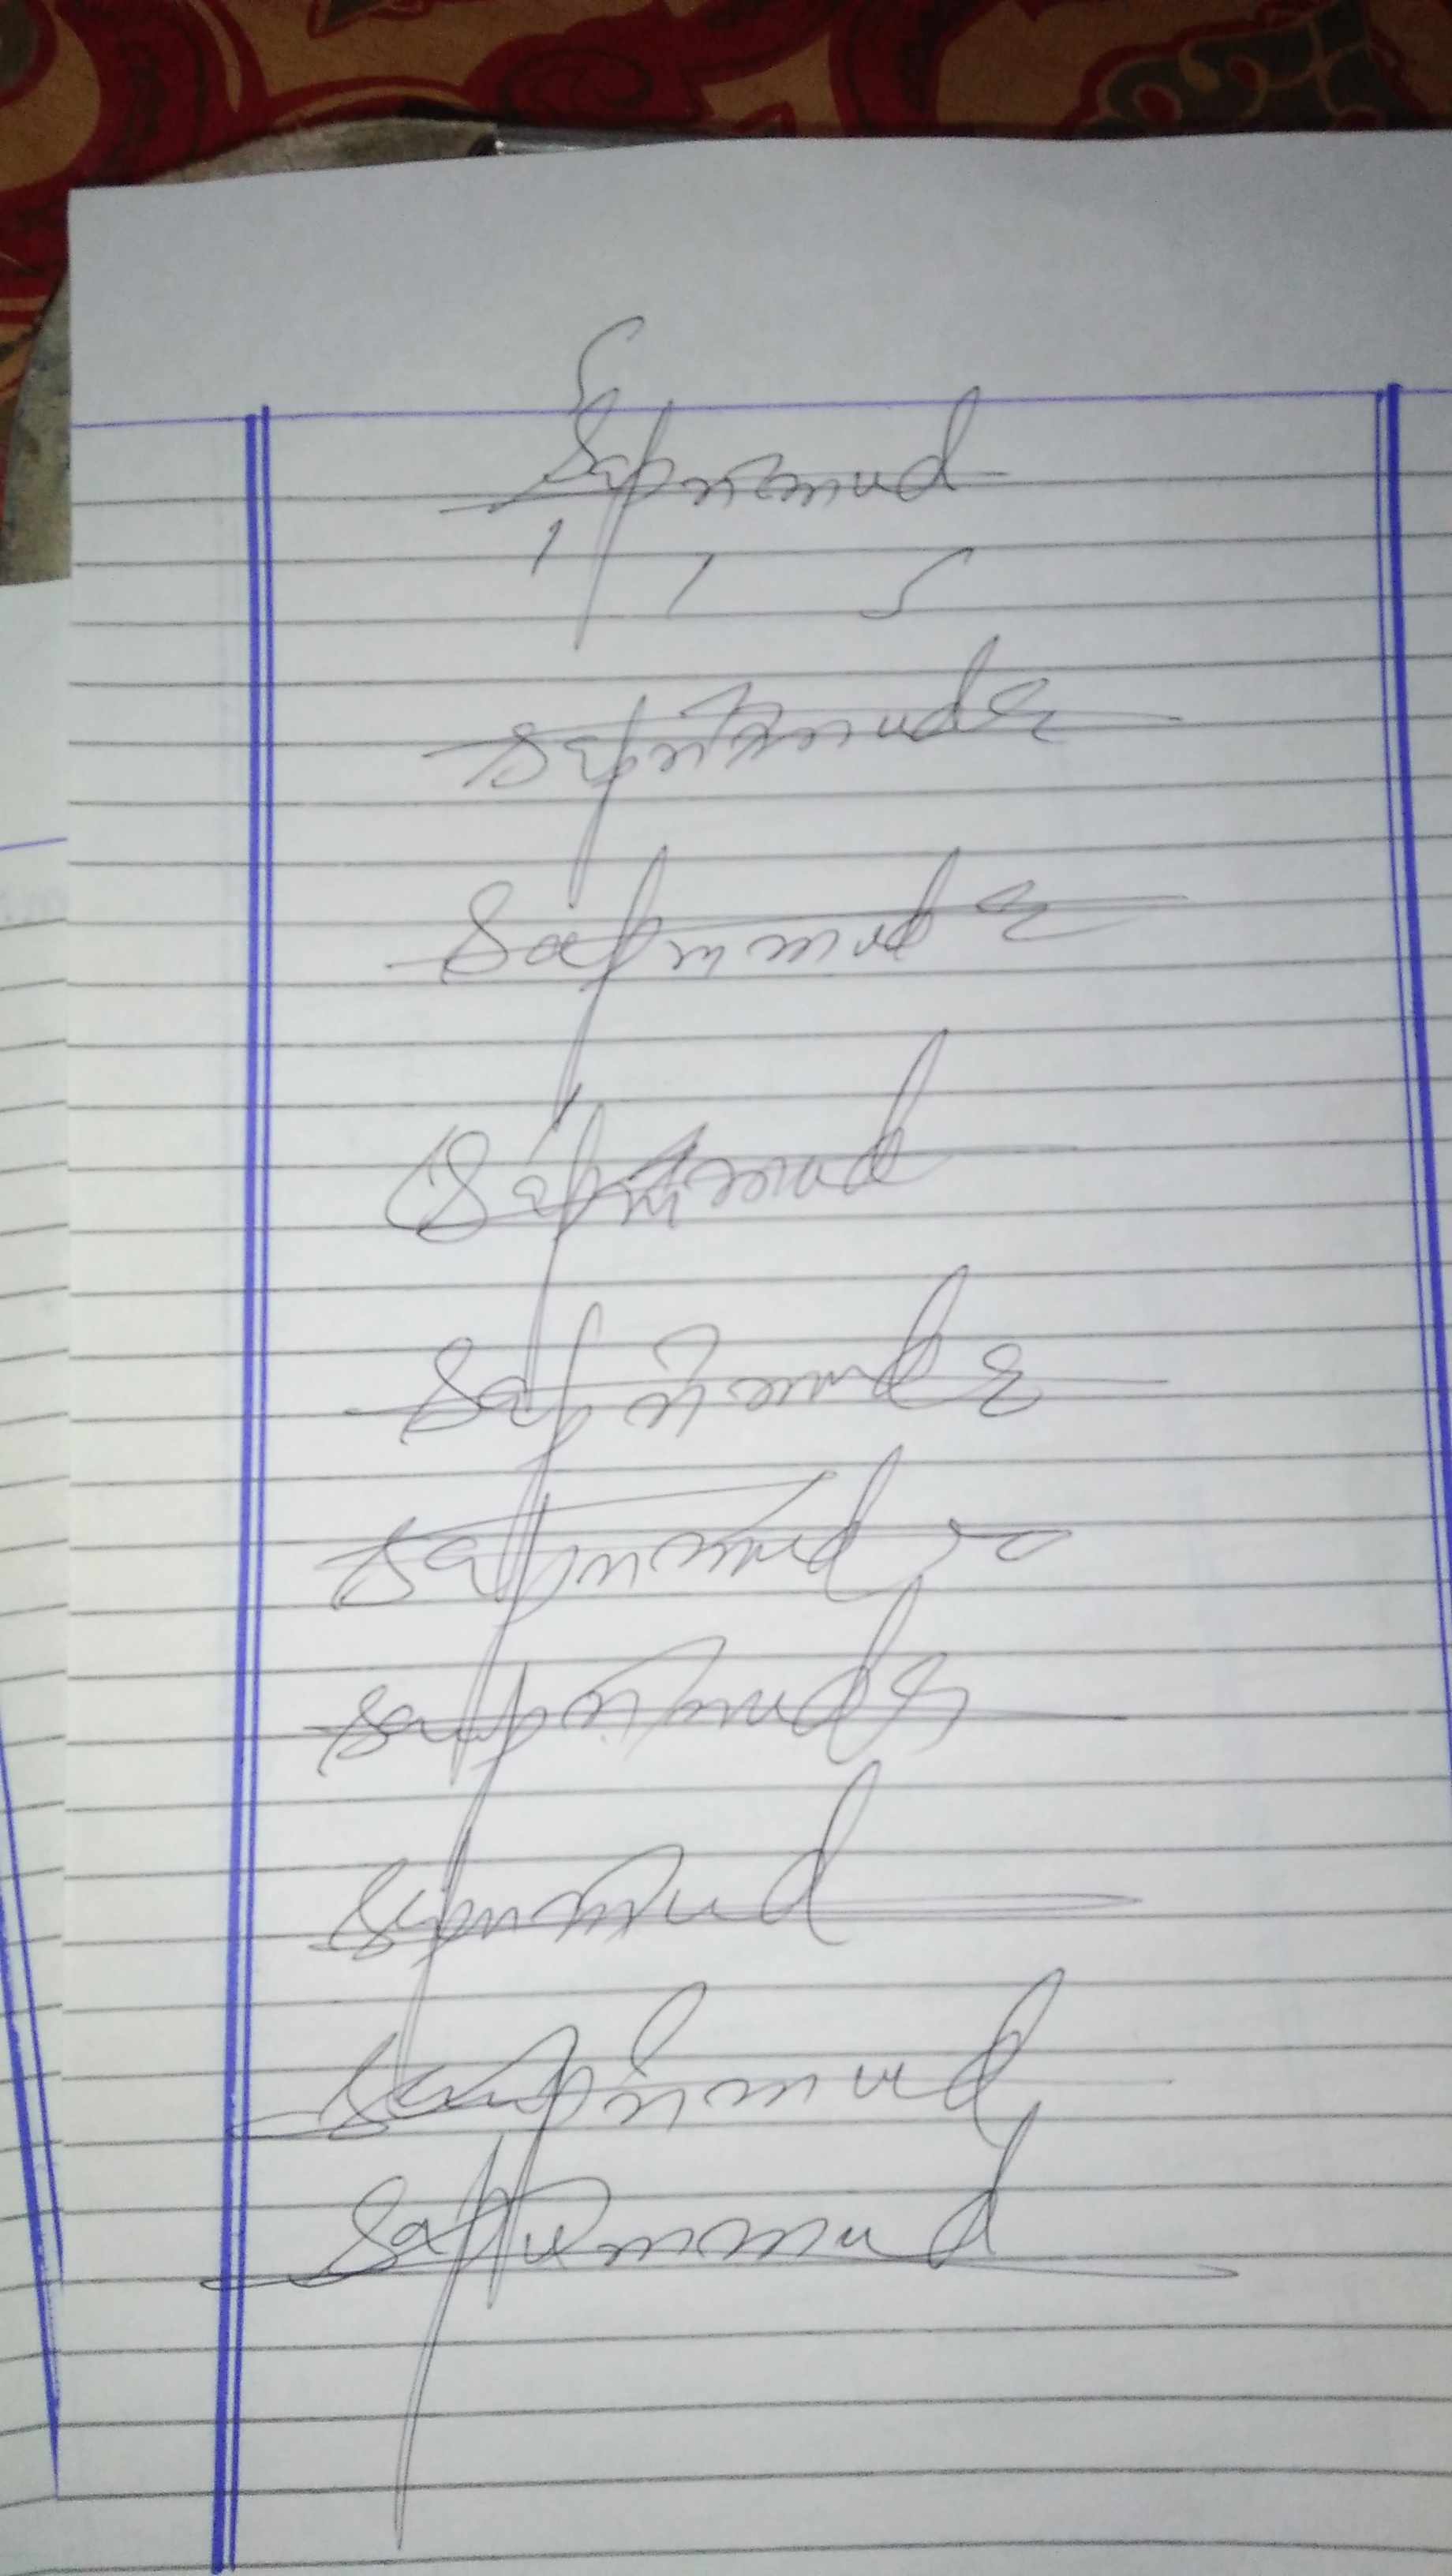
Signature authenticity: genuine